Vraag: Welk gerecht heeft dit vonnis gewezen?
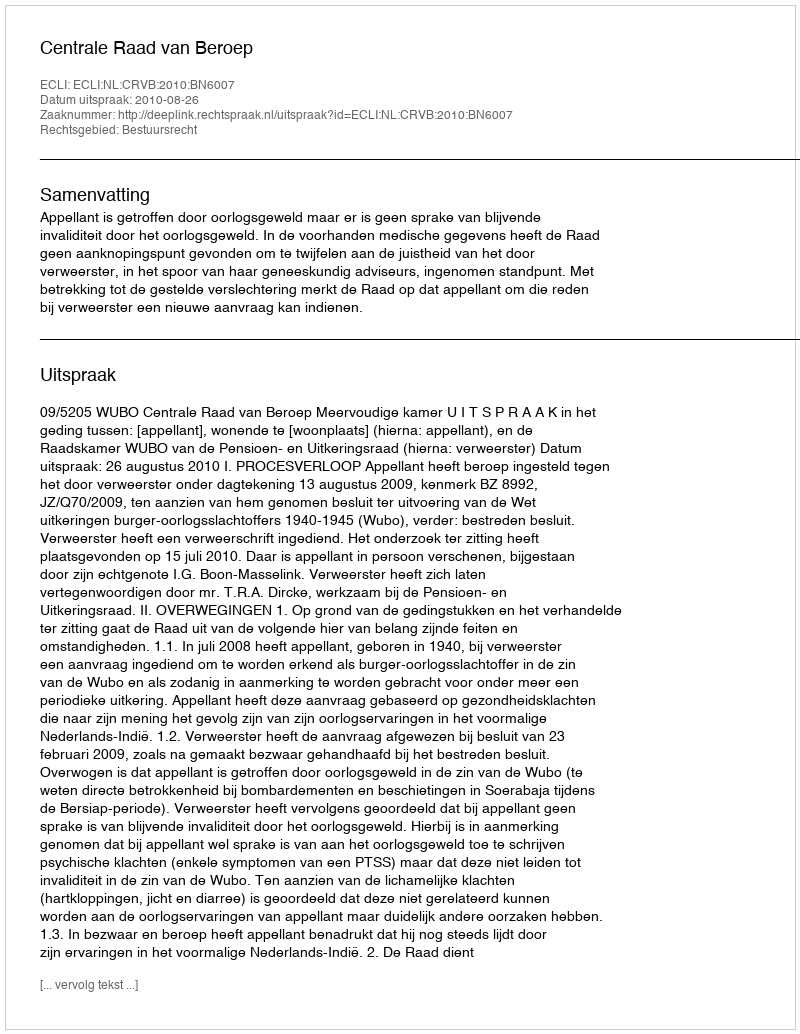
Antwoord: Centrale Raad van Beroep